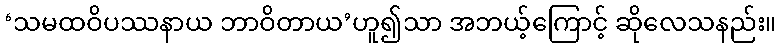
‘သမထဝိပဿနာယ ဘာဝိတာယ’ဟူ၍သာ အဘယ့်ကြောင့် ဆိုလေသနည်း။